Indian journal of veterinary science and animal husbandry - Volume 1,
Year: 1931
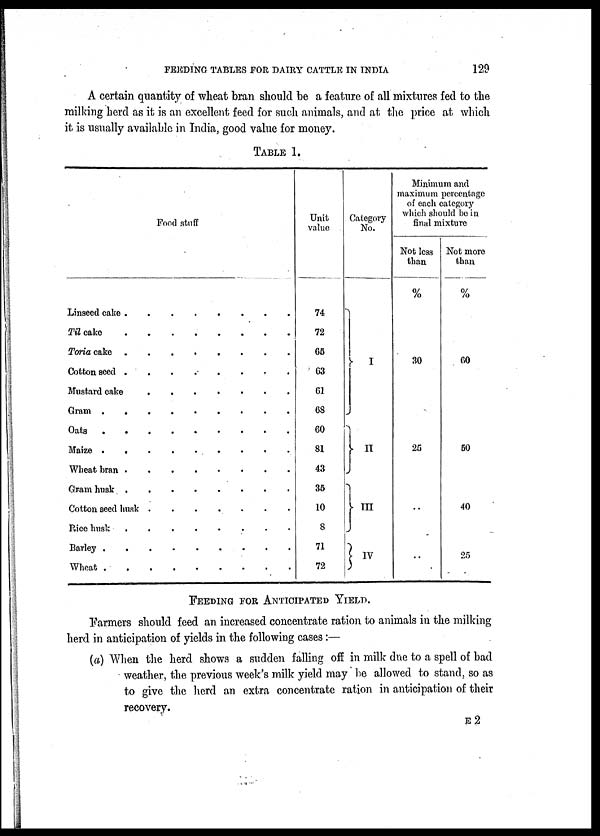
FEEDING TABLES FOR DAIRY CATTLE IN
INDIA
129
A certain quantity of wheat bran should be a feature of all mixtures fed to the
milking herd as it is an excellent feed for such animals, and at the price at which
it is usually available in India, good value for money.
TABLE 1.
Food stuff
Linseed cake
Til cake
Toria cake
Cotton seed
Mustard cake
Gram
Oats
Maize
Wheat bran
Gram husk
Cotton seed husk
Rice husk
Barley
Wheat
.
.
.
.
.
.
.
.
.
.
.
.
.
.
.
.
.
.
.
.
.
.
.
.
.
.
.
.
.
.
.
.
.
.
.
.
.
.
.
.
.
.
.
.
.
.
.
.
.
.
.
.
.
.
.
..
.
.
.
.
.
.
.
.
.
.
.
.
.
.
.
.
.
.
.
.
.
.
.
.
.
.
.
..
Unit
value
74
72
65
63
61
68
60
81
43
35
10
8
71
72
Category
No.
} I
} II
} III
} IV
Minimum and
maximum percentage
of each category
which should be in
final mixture
Not less
than
%
30
25
..
..
Not more
than
%
50
50
40
25
FEEDING FOR ANTICIPATED YIELD.
Farmers should feed an increased concentrate ration to animals in the milking
herd in anticipation of yields in the following cases:—
(a) When the herd shows a sudden falling off in milk due to a spell of bad
weather, the previous week's milk yield may be allowed to stand, so as
to give the herd an extra concentrate ration in anticipation of their
recovery.
E 2